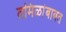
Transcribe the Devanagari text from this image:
तमिळांबाबत